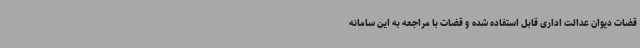
قضات دیوان عدالت اداری قابل استفاده شده و قضات با مراجعه به این سامانه